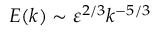
E ( k ) \sim \varepsilon ^ { 2 / 3 } k ^ { - 5 / 3 }